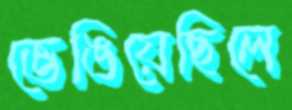
ভেঙিয়েছিলে